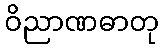
ဝိညာဏဓာတု